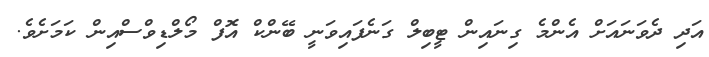
އަދި ދެވަނައަށް އެންމެ ގިނައިން ޓީބިލް ގަނެފައިވަނީ ބޭންކް އޮފް މޯލްޑިވްސްއިން ކަމަށެވެ.